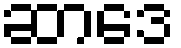
ဆာဒေ